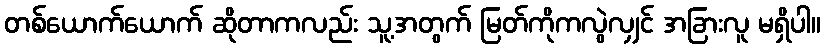
တစ်ယောက်ယောက် ဆိုတာကလည်း သူ့အတွက် မြတ်ကိုကလွဲလျှင် အခြားလူ မရှိပါ။